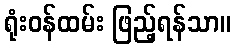
ရုံးဝန်ထမ်း ဖြည့်ရန်သာ။